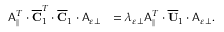
\begin{array} { r l } { \mathsf { A } _ { \parallel } ^ { T } \cdot \overline { { \mathbf { C } } } _ { 1 } ^ { T } \cdot \overline { { \mathbf { C } } } _ { 1 } \cdot \mathsf { A } _ { \varepsilon \perp } } & { = \lambda _ { \varepsilon \perp } \mathsf { A } _ { \parallel } ^ { T } \cdot \overline { { \mathbf { U } } } _ { 1 } \cdot \mathsf { A } _ { \varepsilon \perp } . } \end{array}